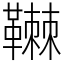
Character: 䪂